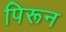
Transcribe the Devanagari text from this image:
पिरून